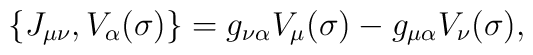
\{J_{\mu\nu},V_{\alpha}(\sigma )\}=g_{\nu\alpha}V_{\mu}(\sigma)-g_{\mu\alpha}V_{\nu}(\sigma),